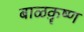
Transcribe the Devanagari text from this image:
बाळक़ॄष्‍ण